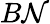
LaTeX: B\mathcal{N}